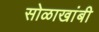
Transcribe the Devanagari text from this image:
सोळाखांबी